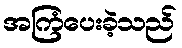
အကြံပေးခဲ့သည်